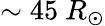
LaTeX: \sim 45~R_{\odot}